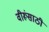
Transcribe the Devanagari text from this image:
वीरूंसाठी